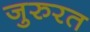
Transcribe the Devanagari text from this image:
जुरुरत